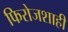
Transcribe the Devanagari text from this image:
फिरोजशाही